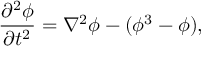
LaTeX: \frac { \partial ^ { 2 } \phi } { \partial t ^ { 2 } } = \nabla ^ { 2 } \phi - ( \phi ^ { 3 } - \phi ) ,